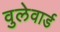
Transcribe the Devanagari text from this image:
वुलेवार्ड